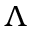
\Lambda